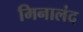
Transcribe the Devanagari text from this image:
मिनालंद